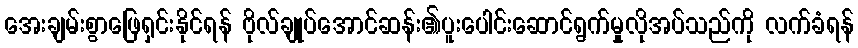
အေးချမ်းစွာဖြေရှင်းနိုင်ရန် ဗိုလ်ချုပ်အောင်ဆန်း၏ပူးပေါင်းဆောင်ရွက်မှုလိုအပ်သည်ကို လက်ခံရန်